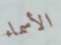
الأسماء